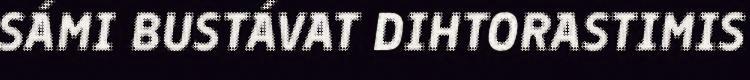
SÁMI BUSTÁVAT DIHTORASTIMIS